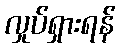
လှုပ်ရှားရန်